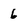
Character: 6